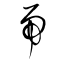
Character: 帚